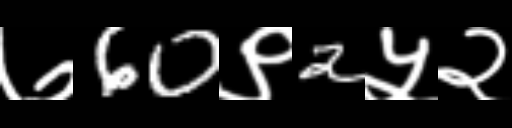
Text: ७60९2५२